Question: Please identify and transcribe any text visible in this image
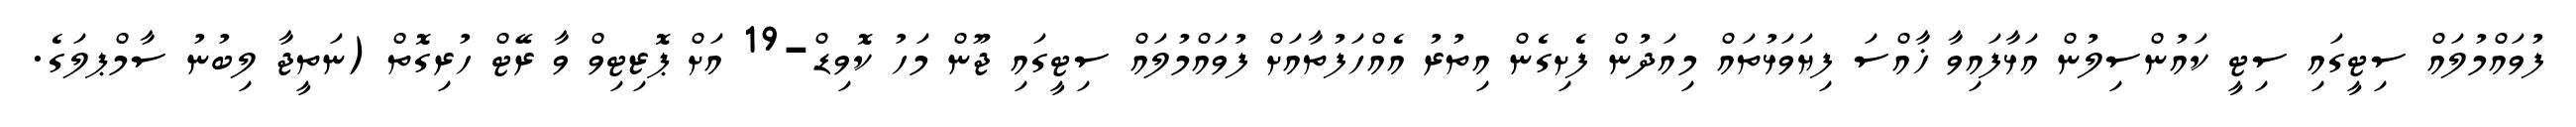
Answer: ފުވައްމުލައް ސިޓީގައި ސިޓީ ކައުންސިލުން އަޅާފައިވާ ޚާއްސަ ފިޔަވަޅުތައް މިއަދުން ފެށިގެން އިތުރު އެއްހަފުތާއަށް ފުވައްމުލައް ސިޓީގައި ޖޫން މަހު ކޮވިޑް-19 އަށް ޕޮޒިޓިވް ވާ ރޭޓް ހުރިގޮތް (ނަތީޖާ ލިބުނު ސާމްޕލަގެ.